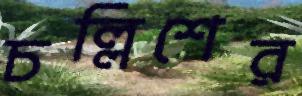
চল্লিশের